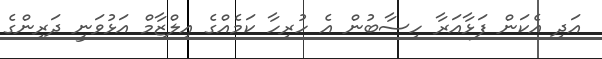
އަދި އެކަން ފަޅާއަރާ ހިސާބުން އެ ހުރިހާ ކަމެއްގެ އިލްޒާމް އަޅުވަނީ ދަރިންގެ